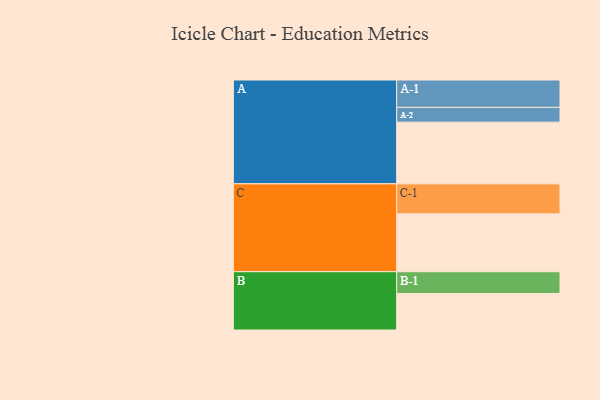
{"axis": {"x": "Segment", "y": "Value"}, "legend": ["", "A", "B", "C"], "data": [{"x": "A", "y": 593, "type": ""}, {"x": "B", "y": 351, "type": ""}, {"x": "C", "y": 556, "type": ""}, {"x": "A-1", "y": 263, "type": "A"}, {"x": "A-2", "y": 142, "type": "A"}, {"x": "B-1", "y": 209, "type": "B"}, {"x": "C-1", "y": 288, "type": "C"}]}